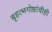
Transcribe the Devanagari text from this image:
बृहत्भगोष्ठांचीही